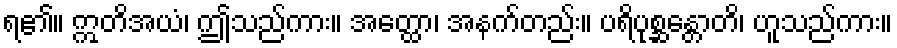
ရ၏။ ဣတိအယံ၊ ဤသည်ကား။ အတ္ထော၊ အနက်တည်း။ ပရိပုစ္ဆန္တောတိ၊ ဟူသည်ကား။